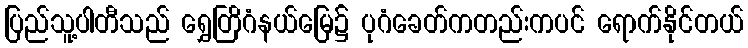
ပြည်သူ့ပါတီသည် ရွှေတြိဂံနယ်မြေ၌ ပုဂံခေတ်ကတည်းကပင် ရောက်နိုင်တယ်